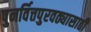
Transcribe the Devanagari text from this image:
पुनर्वित्तपुरवठ्यासाठी